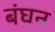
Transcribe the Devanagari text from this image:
बंघन